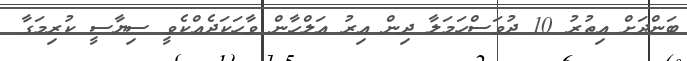
ބަންދަށް އިތުރު 10 ދުވަސްހަމަލާ ދިން އިރު އަލްހާން ވާހަކަދެއްކެވީ ސިޔާސީ ކުރިމަގާ